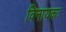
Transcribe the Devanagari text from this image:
विनायकः